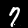
Digit: 7